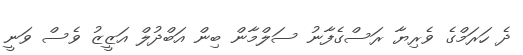
ދެ ހަރަމްގެ ވެރިޔާ ރަސްގެފާނު ސަލްމާން ބިން އަބްދުލް އަޒީޒު ވެސް ވަނީ